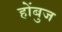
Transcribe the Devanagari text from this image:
होंबुज